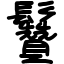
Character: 䰖